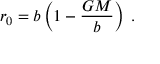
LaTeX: r _ { 0 } = b \left( 1 - \frac { G M } { b } \right) \; .